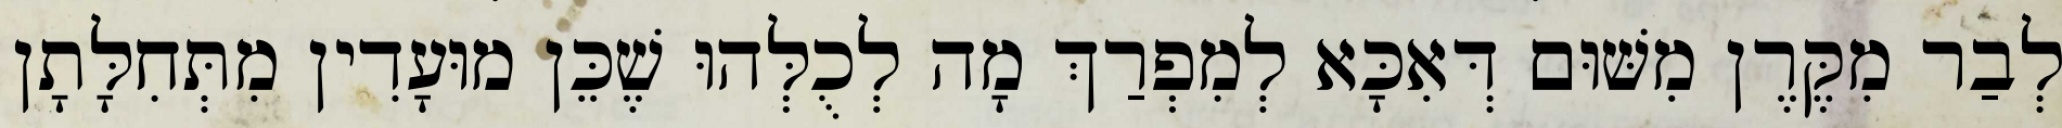
לְבַר מִקֶּרֶן מִשּׁוּם דְּאִכָּא לְמִפְרַךְ מָה לְכֻלְּהוּ שֶׁכֵּן מוּעָדִין מִתְּחִלָּתָן